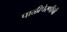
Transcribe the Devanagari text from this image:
पाळीपेरणीची